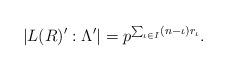
LaTeX: \begin{align*} | L(R)^\prime : \Lambda^\prime | = p^{\sum_{\iota \in I} (n - \iota) r_\iota}.\end{align*}